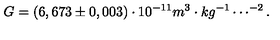
G = ( 6 , 6 7 3 \pm 0 , 0 0 3 ) \cdot 1 0 ^ { - 1 1 } m ^ { 3 } \cdot k g ^ { - 1 } \cdots ^ { - 2 } .